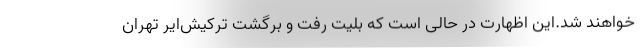
خواهند شد.این اظهارت در حالی است که بلیت رفت و برگشت ترکیش‌ایر تهران